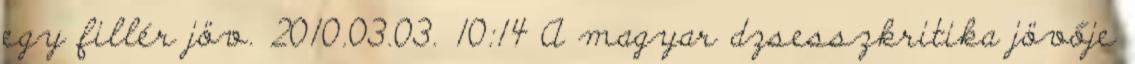
egy fillér jöv. 2010.03.03. 10:14 A magyar dzsesszkritika jövője